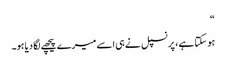
“
ہو سکتاہے ، پرنسپل نے ہی اسے میرے پیچھے لگا دیاہو۔